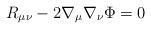
LaTeX: \begin{align*}R_{\mu \nu} -2\nabla_{\mu}\nabla_{\nu}\Phi=0\end{align*}